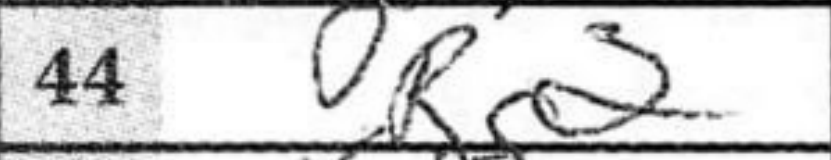
Transcription: Rc2